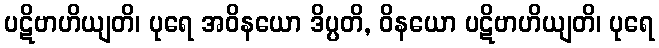
ပဋိဗာဟိယျတိ၊ ပုရေ အဝိနယော ဒိပ္ပတိ, ဝိနယော ပဋိဗာဟိယျတိ၊ ပုရေ